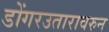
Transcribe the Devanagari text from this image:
डोंगरउतारावरुन